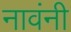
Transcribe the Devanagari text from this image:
नावंनी